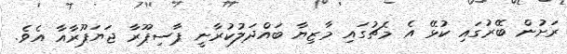
ރަށުން ބޭރުގައި ކުޅޭ އެ މެޗުގައި މާޒިޔާ ބައްދަލުކުރާނީ ޕާސިޕޫރާ ޖަޔަޕޫރާއާ އެވެ.